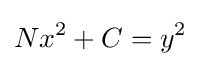
Nx^{2}+C=y^{2}